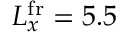
L _ { x } ^ { \mathrm { f r } } = 5 . 5